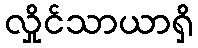
လှိုင်သာယာရှိ